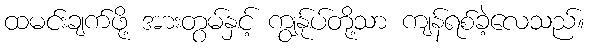
ထမင်းချက်ဖို့ အားတွမ်နှင့် ကျွန်ုပ်တို့သာ ကျန်ရစ်ခဲ့လေသည်။